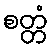
စတ္တံ